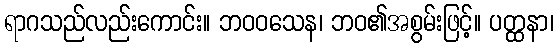
ရာဂသည်လည်းကောင်း။ ဘဝဝသေန၊ ဘဝ၏အစွမ်းဖြင့်။ ပတ္ထနာ၊